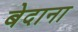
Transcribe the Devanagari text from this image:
बेदाना